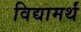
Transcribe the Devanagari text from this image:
विद्यामर्थं